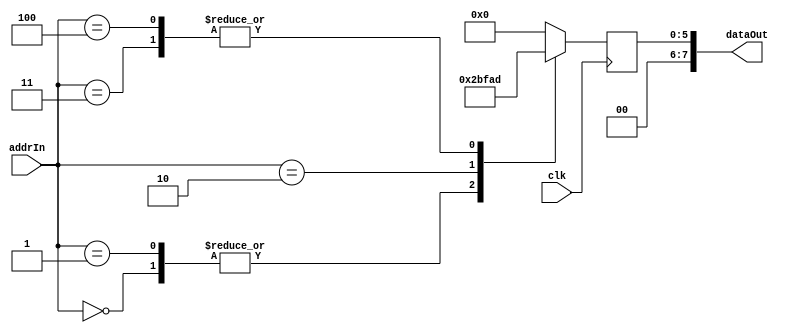
module testRom2(
    input clk,
    input [3:0] addrIn,
    output reg [7:0] dataOut = 0
    );

    always @ (posedge clk)
        case (addrIn)
            4'h0 : dataOut = 8'h2B;
            4'h1 : dataOut = 8'h2B;
            4'h2 : dataOut = 8'h3E;
            4'h3 : dataOut = 8'h2D;
            4'h4 : dataOut = 8'h2D;
            default : dataOut = 8'h00;
        endcase

endmodule